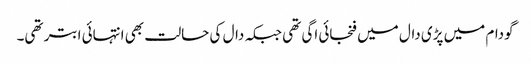
گودام میں پڑی دال میں فنجائی اگی تھی جبکہ دال کی حالت بھی انتہائی ابتر تھی۔